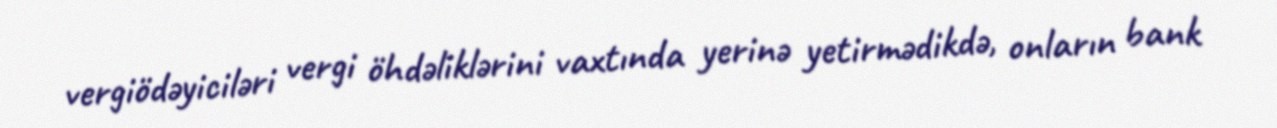
vergiödəyiciləri vergi öhdəliklərini vaxtında yerinə yetirmədikdə, onların bank